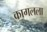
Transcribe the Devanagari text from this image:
कागलला